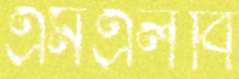
এমএলবি